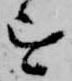
を